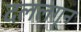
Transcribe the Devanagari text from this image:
दललग्न